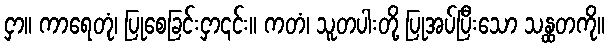
ငှာ။ ကာရေတုံ၊ ပြုစေခြင်းငှာ၎င်း။ ကတံ၊ သူတပါးတို့ ပြုအပ်ပြီးသော သန္ထတကို။